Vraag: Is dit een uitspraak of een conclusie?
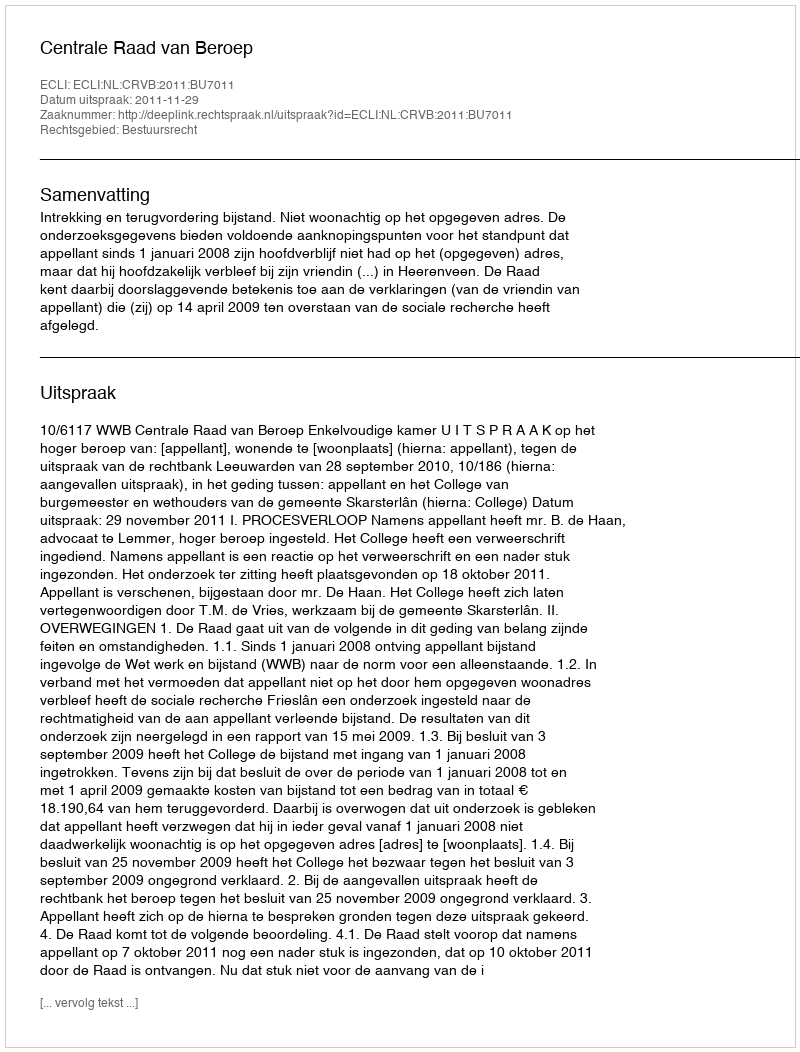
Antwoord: Uitspraak